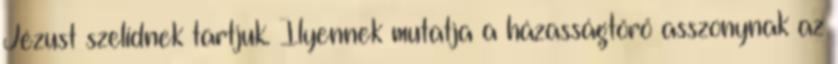
Jézust szelídnek tartjuk. Ilyennek mutatja a házasságtörő asszonynak az